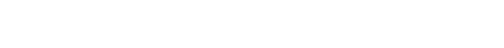
သည် အခါတွင် ကိုသက်ဆွေကလည်း ခုခံရန် ပြင်ဆင် ထားပြီး ဖြစ်သည်။